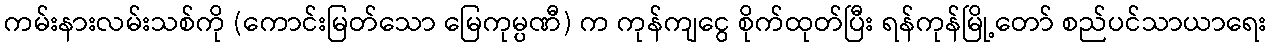
ကမ်းနားလမ်းသစ်ကို (ကောင်းမြတ်သော မြေကုမ္ပဏီ) က ကုန်ကျငွေ စိုက်ထုတ်ပြီး ရန်ကုန်မြို့တော် စည်ပင်သာယာရေး